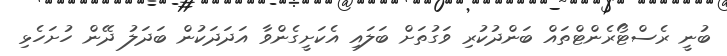
ބުނީ ރެސްޓޯރެންޓްތައް ބަންދުކުރި ވަގުތަށް ބަލައި އެކަށީގެންވާ އަދަދަކުން ބަދަލު ދޭން ހުށަހެޅި